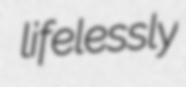
lifelessly